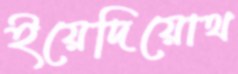
ইয়েদিয়োথ